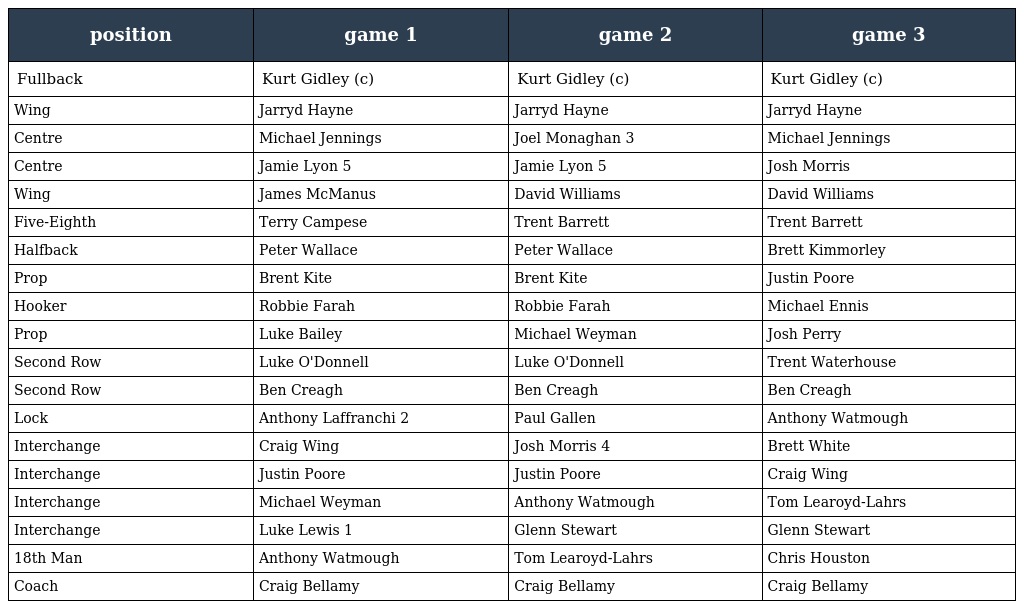
| position | game 1 | game 2 | game 3 |
 | --- | --- | --- | --- |
 | Fullback | Kurt Gidley (c) | Kurt Gidley (c) | Kurt Gidley (c) |
 | Wing | Jarryd Hayne | Jarryd Hayne | Jarryd Hayne |
 | Centre | Michael Jennings | Joel Monaghan 3 | Michael Jennings |
 | Centre | Jamie Lyon 5 | Jamie Lyon 5 | Josh Morris |
 | Wing | James McManus | David Williams | David Williams |
 | Five-Eighth | Terry Campese | Trent Barrett | Trent Barrett |
 | Halfback | Peter Wallace | Peter Wallace | Brett Kimmorley |
 | Prop | Brent Kite | Brent Kite | Justin Poore |
 | Hooker | Robbie Farah | Robbie Farah | Michael Ennis |
 | Prop | Luke Bailey | Michael Weyman | Josh Perry |
 | Second Row | Luke O'Donnell | Luke O'Donnell | Trent Waterhouse |
 | Second Row | Ben Creagh | Ben Creagh | Ben Creagh |
 | Lock | Anthony Laffranchi 2 | Paul Gallen | Anthony Watmough |
 | Interchange | Craig Wing | Josh Morris 4 | Brett White |
 | Interchange | Justin Poore | Justin Poore | Craig Wing |
 | Interchange | Michael Weyman | Anthony Watmough | Tom Learoyd-Lahrs |
 | Interchange | Luke Lewis 1 | Glenn Stewart | Glenn Stewart |
 | 18th Man | Anthony Watmough | Tom Learoyd-Lahrs | Chris Houston |
 | Coach | Craig Bellamy | Craig Bellamy | Craig Bellamy |